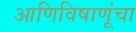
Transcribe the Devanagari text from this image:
आणिविषाणूंचा